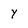
Character: y